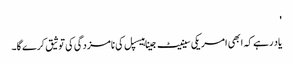
'
یاد رہے کہ ابھی امریکی سینیٹ جینا ہیسپل کی نامزدگی کی توثیق کرے گا۔